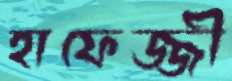
হাফেজ্জী